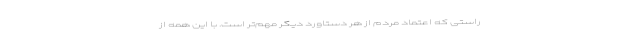
راستی که اعتماد مردم از هر دستاورد دیگر مهم‌تر است. با این همه از